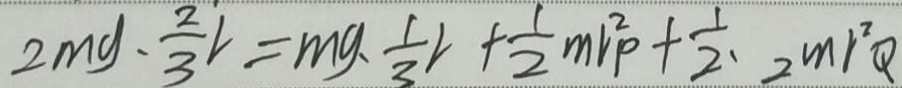
2 m g \cdot \frac { 2 } { 3 } r = m g \cdot \frac { 1 } { 3 } r + \frac { 1 } { 2 } m r ^ { 2 } p + \frac { 1 } { 2 } \cdot 2 m r ^ { 2 } Q